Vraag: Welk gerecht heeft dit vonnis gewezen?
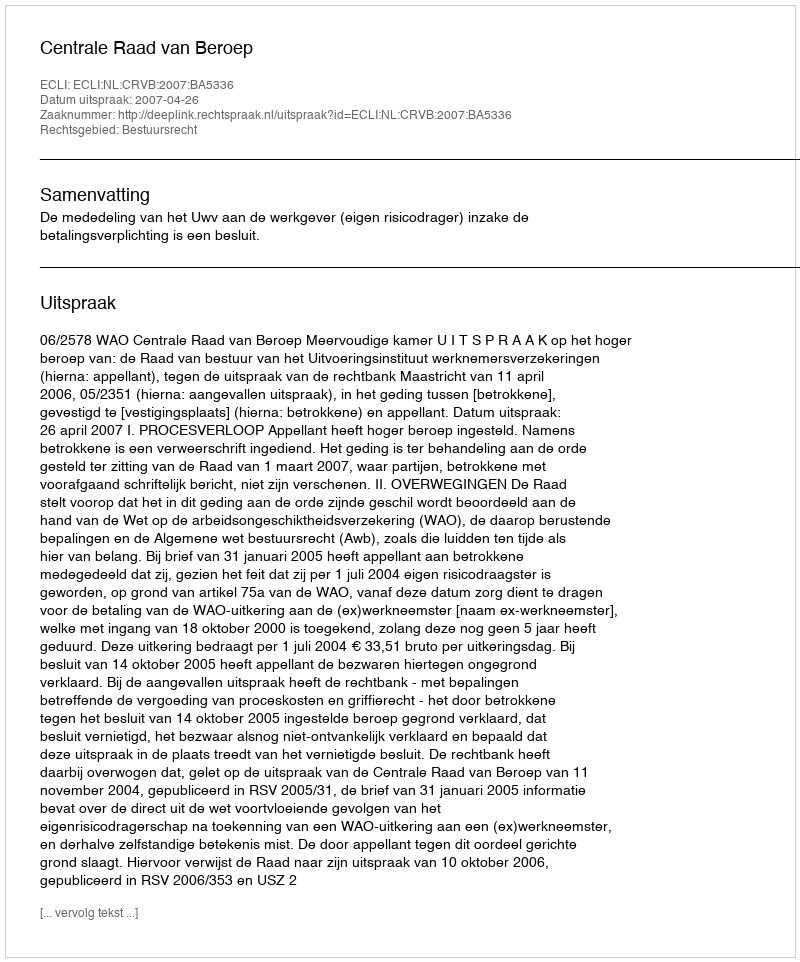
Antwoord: Centrale Raad van Beroep